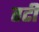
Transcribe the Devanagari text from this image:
तटी